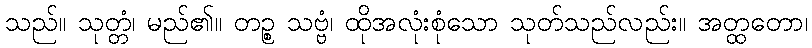
သည်။ သုတ္တံ၊ မည်၏။ တဉ္စ သဗ္ဗံ၊ ထိုအလုံးစုံသော သုတ်သည်လည်း။ အတ္ထတော၊